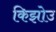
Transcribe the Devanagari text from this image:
किझोउ